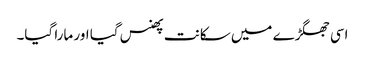
اسی جھگڑے میں سکانت پھنس گیا اور مارا گیا۔